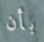
بأن